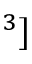
^ { 3 } ]